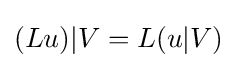
(Lu)|V=L(u|V)